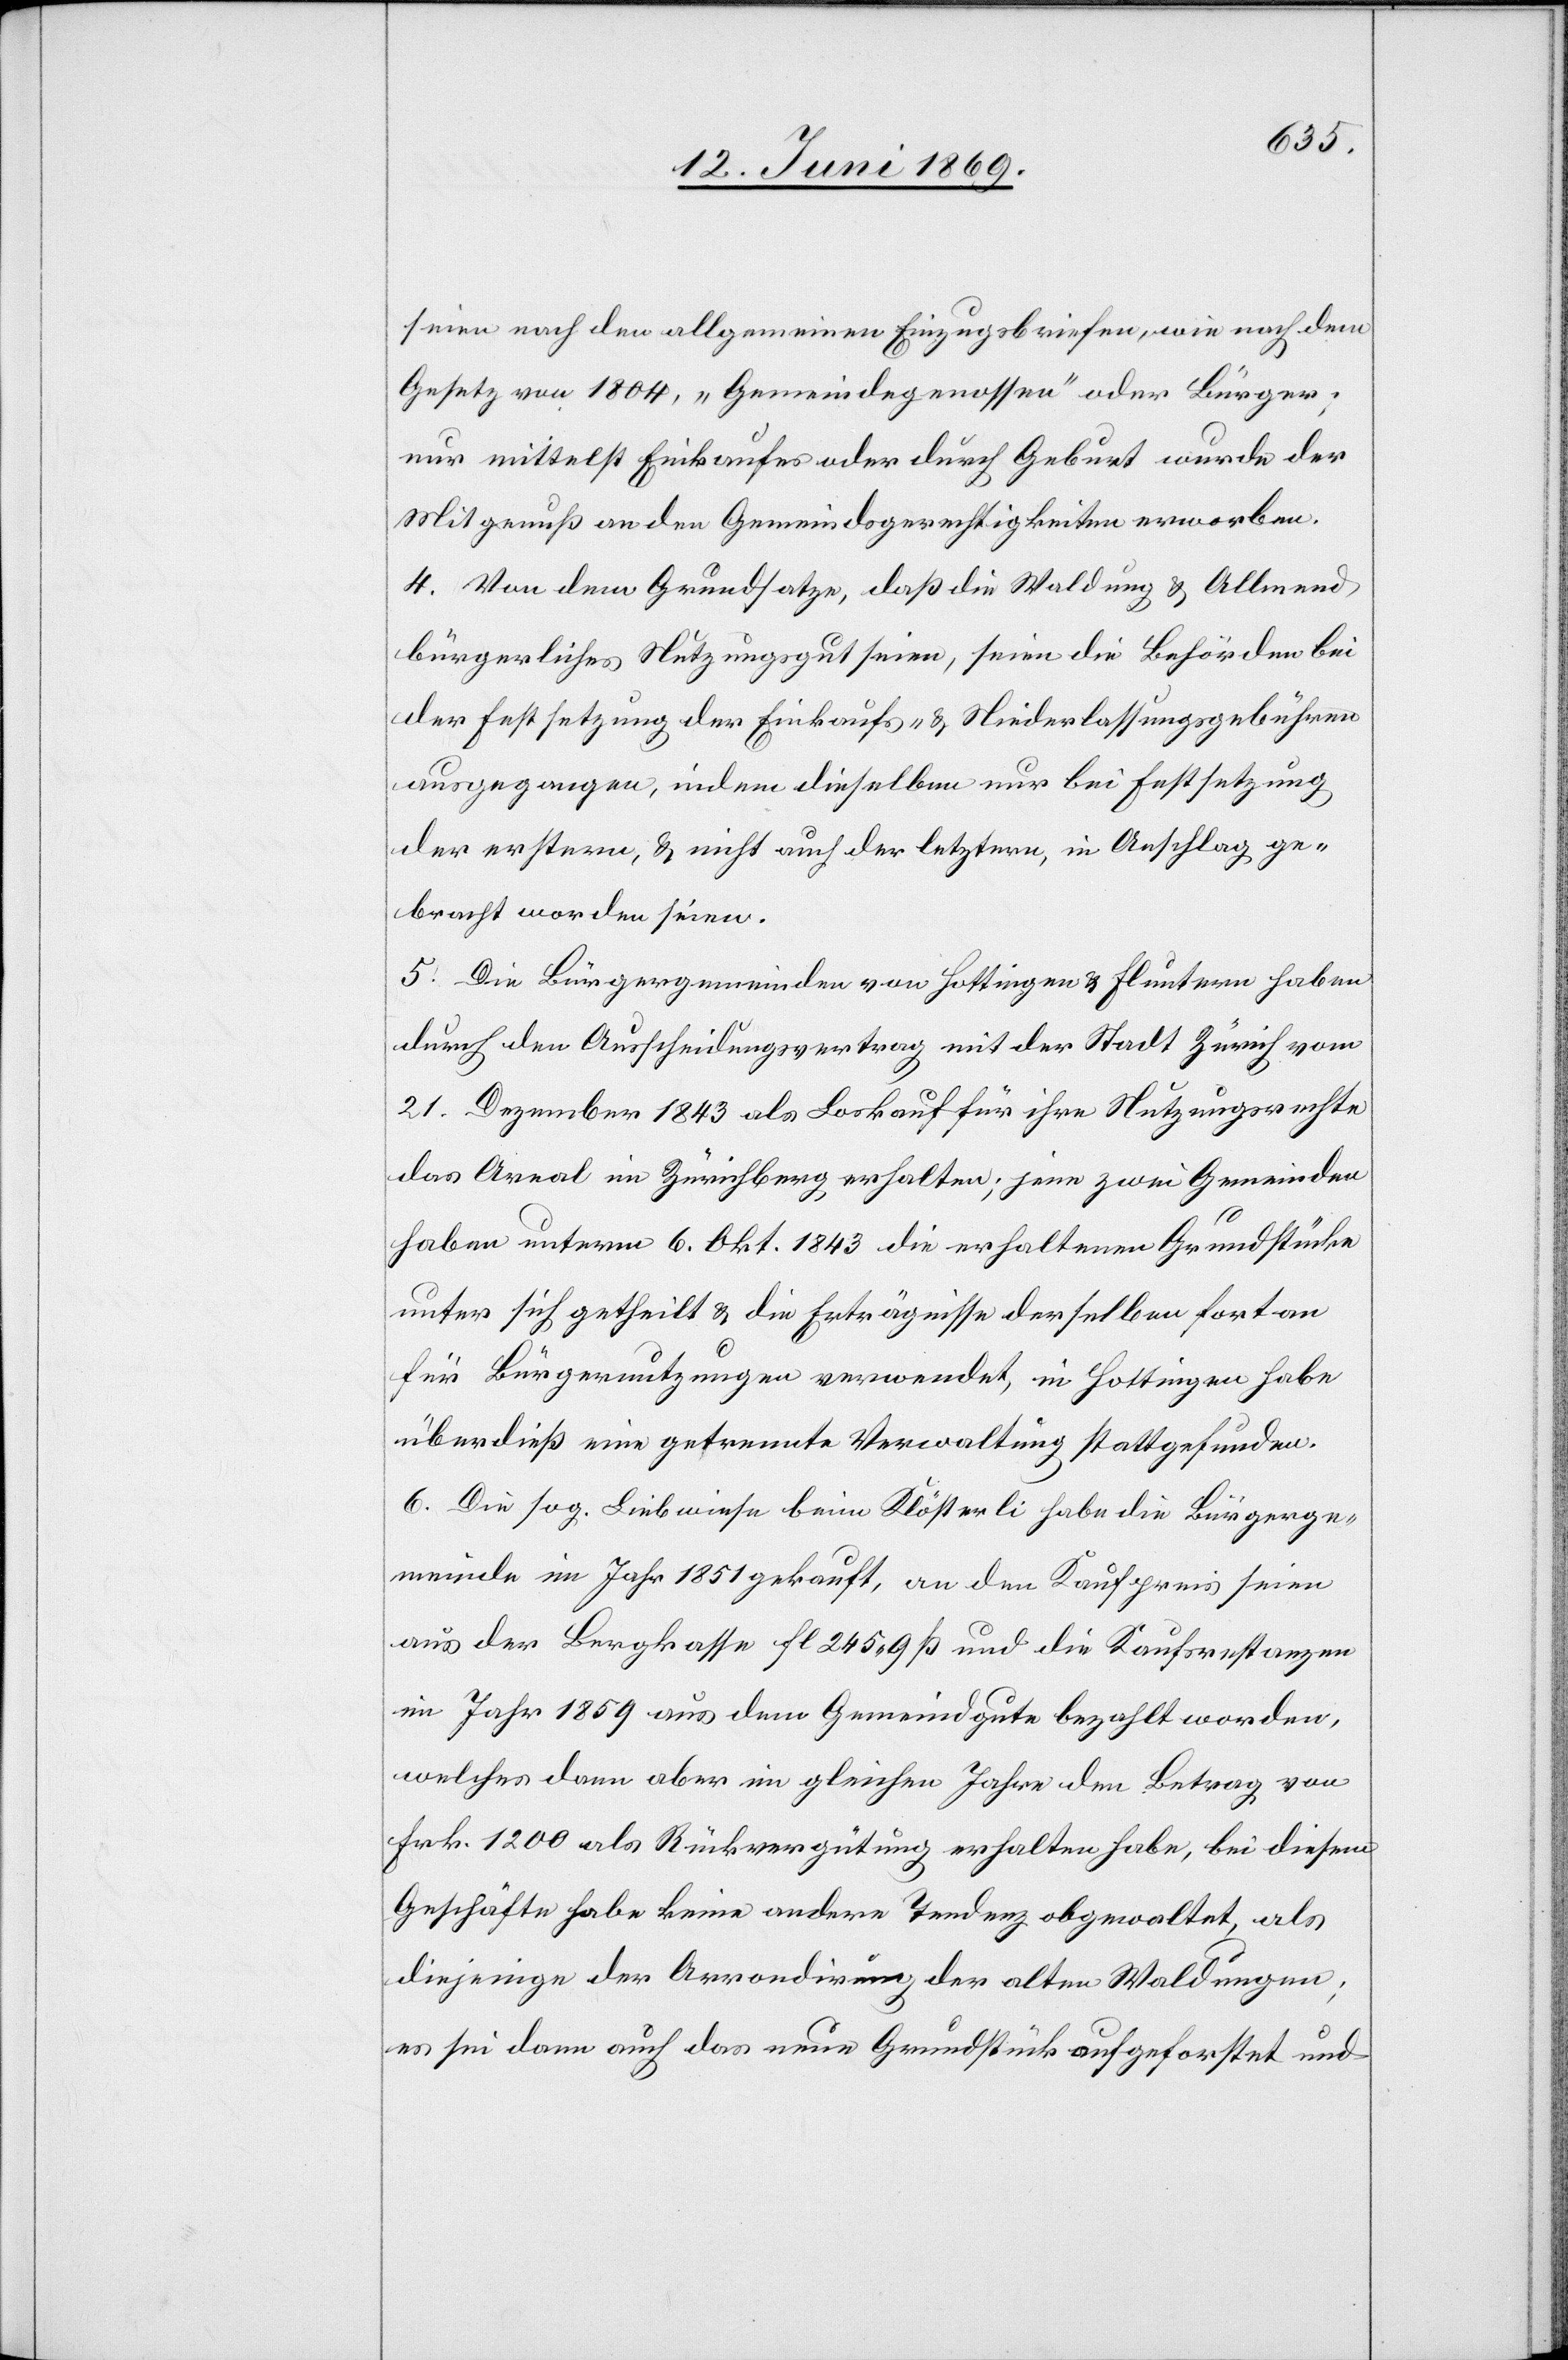
seien nach den allgemeinen Einzugsbriefen, wie nach dem
Gesetze von 1804, „Gemeindegenossen“ oder Bürger;
nur mittelst Einkaufes oder durch Geburt wurde der
Mitgenuß an den Gemeindsgerechtigkeiten erworben.
4. Von dem Grundsatze, daß die Waldung u. Allmend
bürgerliches Nutzungsgut seien, seien die Behörden bei
der Festsetzung der Einkaufs- u. Niederlassungsgebühren
ausgegangen, indem dieselben nur bei Festsetzung
der erstern, u. nicht auch der letztern, in Anschlag ge¬
bracht worden seien.
5. Die Bürgergemeinden von Hottingen u. Fluntern haben
durch den Ausscheidungsvertrag mit der Stadt Zürich vom
21. Dezember 1843 als Loskauf für ihre Nutzungsrechte
das Areal im Zürichberg erhalten; jene zwei Gemeinden
haben unterm 6. Okt. 1843 die erhaltenen Grundstücke
unter sich getheilt u. die Erträgnisse derselben fortan
für Bürgernutzungen verwendet, in Hottingen habe
überdieß eine getrennte Verwaltung stattgefunden.
6. Diese sog. Liebwiese beim Klösterli habe die Bürgerge¬
meinde im Jahr 1851 gekauft, an den Kaufpreis seien
aus der Bergkasse fl 245.9 ß und die Kaufsrestanzen
im Jahr 1859 aus dem Gemeindgute bezahlt worden,
welches dann aber im gleichen Jahre den Betrag von
Frk 1200 als Rückvergütung erhalten habe, bei diesem
Geschäfte habe keine andere Tendenz obgewaltet, als
diejenige der Arrondirung der alten Waldungen,
es sei dann auch das neue Grundstück aufgeforstet und